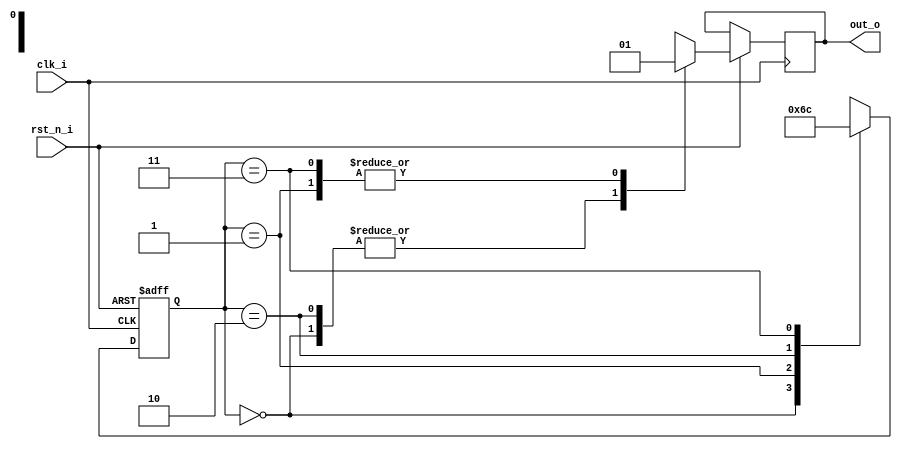
module detect_1(
		input clk_i,
		input rst_n_i,
		output out_o
		);
   reg 		       out_r;
   reg [1:0] 	       state;

   parameter [1:0] S0=2'b00;
   parameter [1:0] S1=2'b01;
   parameter [1:0] S2=2'b10;
   parameter [1:0] S3=2'b11;

   always@(posedge clk_i or negedge rst_n_i) begin
      if(!rst_n_i) begin
	 state <= 0;
	 ort_r <=1'b0;
      end
      else begin
	 case (state)
	   S0: begin
	      out_r <=1'b0;
	      state <= S1;
	   end
	   S1: begin
	      out_r <= 1'b1;
	      state <= S2;
	   end
	   S2: begin
	      out_r <= 1'b0;
	      state <= S3;
	   end
	   S3: begin
	      out_r <= 1'b1;
	      state <= S0;
	   end
	 endcase
      end
   end // always@ (posedge clk_i or negedge rst_n_i)
   assign out_o=out_r;
endmodule